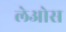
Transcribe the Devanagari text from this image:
लेओस